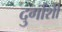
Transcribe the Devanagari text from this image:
दुर्गांशी